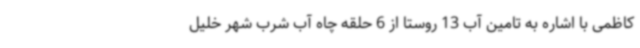
کاظمی با اشاره به تامین آب 13 روستا از 6 حلقه چاه آب شرب شهر خلیل